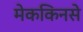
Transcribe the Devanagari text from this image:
मेककिनसे